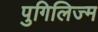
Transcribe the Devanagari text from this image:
पुगिलिज्म